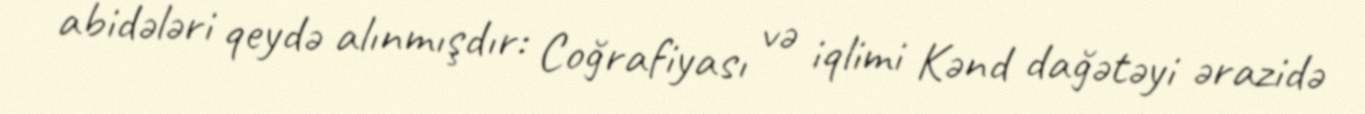
abidələri qeydə alınmışdır: Coğrafiyası və iqlimi Kənd dağətəyi ərazidə